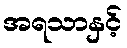
အရသာနှင့်